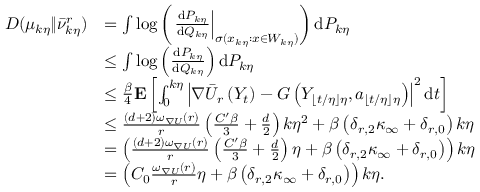
\begin{array} { r l } { D ( \mu _ { k \eta } \| \Bar { \nu } _ { k \eta } ^ { r } ) } & { = \int \log \left( \left. \frac { \mathrm { d } P _ { k \eta } } { \mathrm { d } Q _ { k \eta } } \right| _ { \sigma ( x _ { k \eta } : x \in W _ { k \eta } ) } \right) \mathrm { d } P _ { k \eta } } \\ & { \le \int \log \left( \frac { \mathrm { d } P _ { k \eta } } { \mathrm { d } Q _ { k \eta } } \right) \mathrm { d } P _ { k \eta } } \\ & { \le \frac { \beta } { 4 } \mathbf { E } \left[ \int _ { 0 } ^ { k \eta } \left| \nabla \Bar { U } _ { r } \left( Y _ { t } \right) - G \left( Y _ { \lfloor t / \eta \rfloor \eta } , a _ { \lfloor t / \eta \rfloor \eta } \right) \right| ^ { 2 } \mathrm { d } t \right] } \\ & { \le \frac { ( d + 2 ) \omega _ { \nabla U } ( r ) } { r } \left( \frac { C ^ { \prime } \beta } { 3 } + \frac { d } { 2 } \right) k \eta ^ { 2 } + \beta \left( \delta _ { r , 2 } \kappa _ { \infty } + \delta _ { r , 0 } \right) k \eta } \\ & { = \left( \frac { ( d + 2 ) \omega _ { \nabla U } ( r ) } { r } \left( \frac { C ^ { \prime } \beta } { 3 } + \frac { d } { 2 } \right) \eta + \beta \left( \delta _ { r , 2 } \kappa _ { \infty } + \delta _ { r , 0 } \right) \right) k \eta } \\ & { = \left( C _ { 0 } \frac { \omega _ { \nabla U } ( r ) } { r } \eta + \beta \left( \delta _ { r , 2 } \kappa _ { \infty } + \delta _ { r , 0 } \right) \right) k \eta . } \end{array}